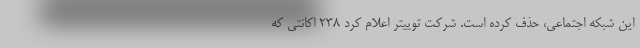
این شبکه اجتماعی، حذف کرده است. شرکت توییتر اعلام کرد ۲۳۸ اکانتی که